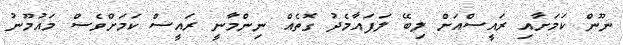
ނޫން ކަމަށާއި ރައީސްއަށް ލިބޭ ލަފައާމެދު ގޮތެއް ނިންމާނީ ރައީސް ކަމަށްވެސް މައުމޫނު